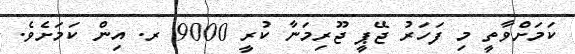
ކަމަށްވާތީ މި ފަހަރު ޖޭޕީ ޖޫރިމަނާ ކުރީ 9000 ރ. އިން ކަމަށެވެ.